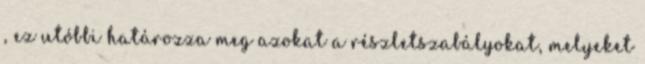
, ez utóbbi határozza meg azokat a részletszabályokat, melyeket